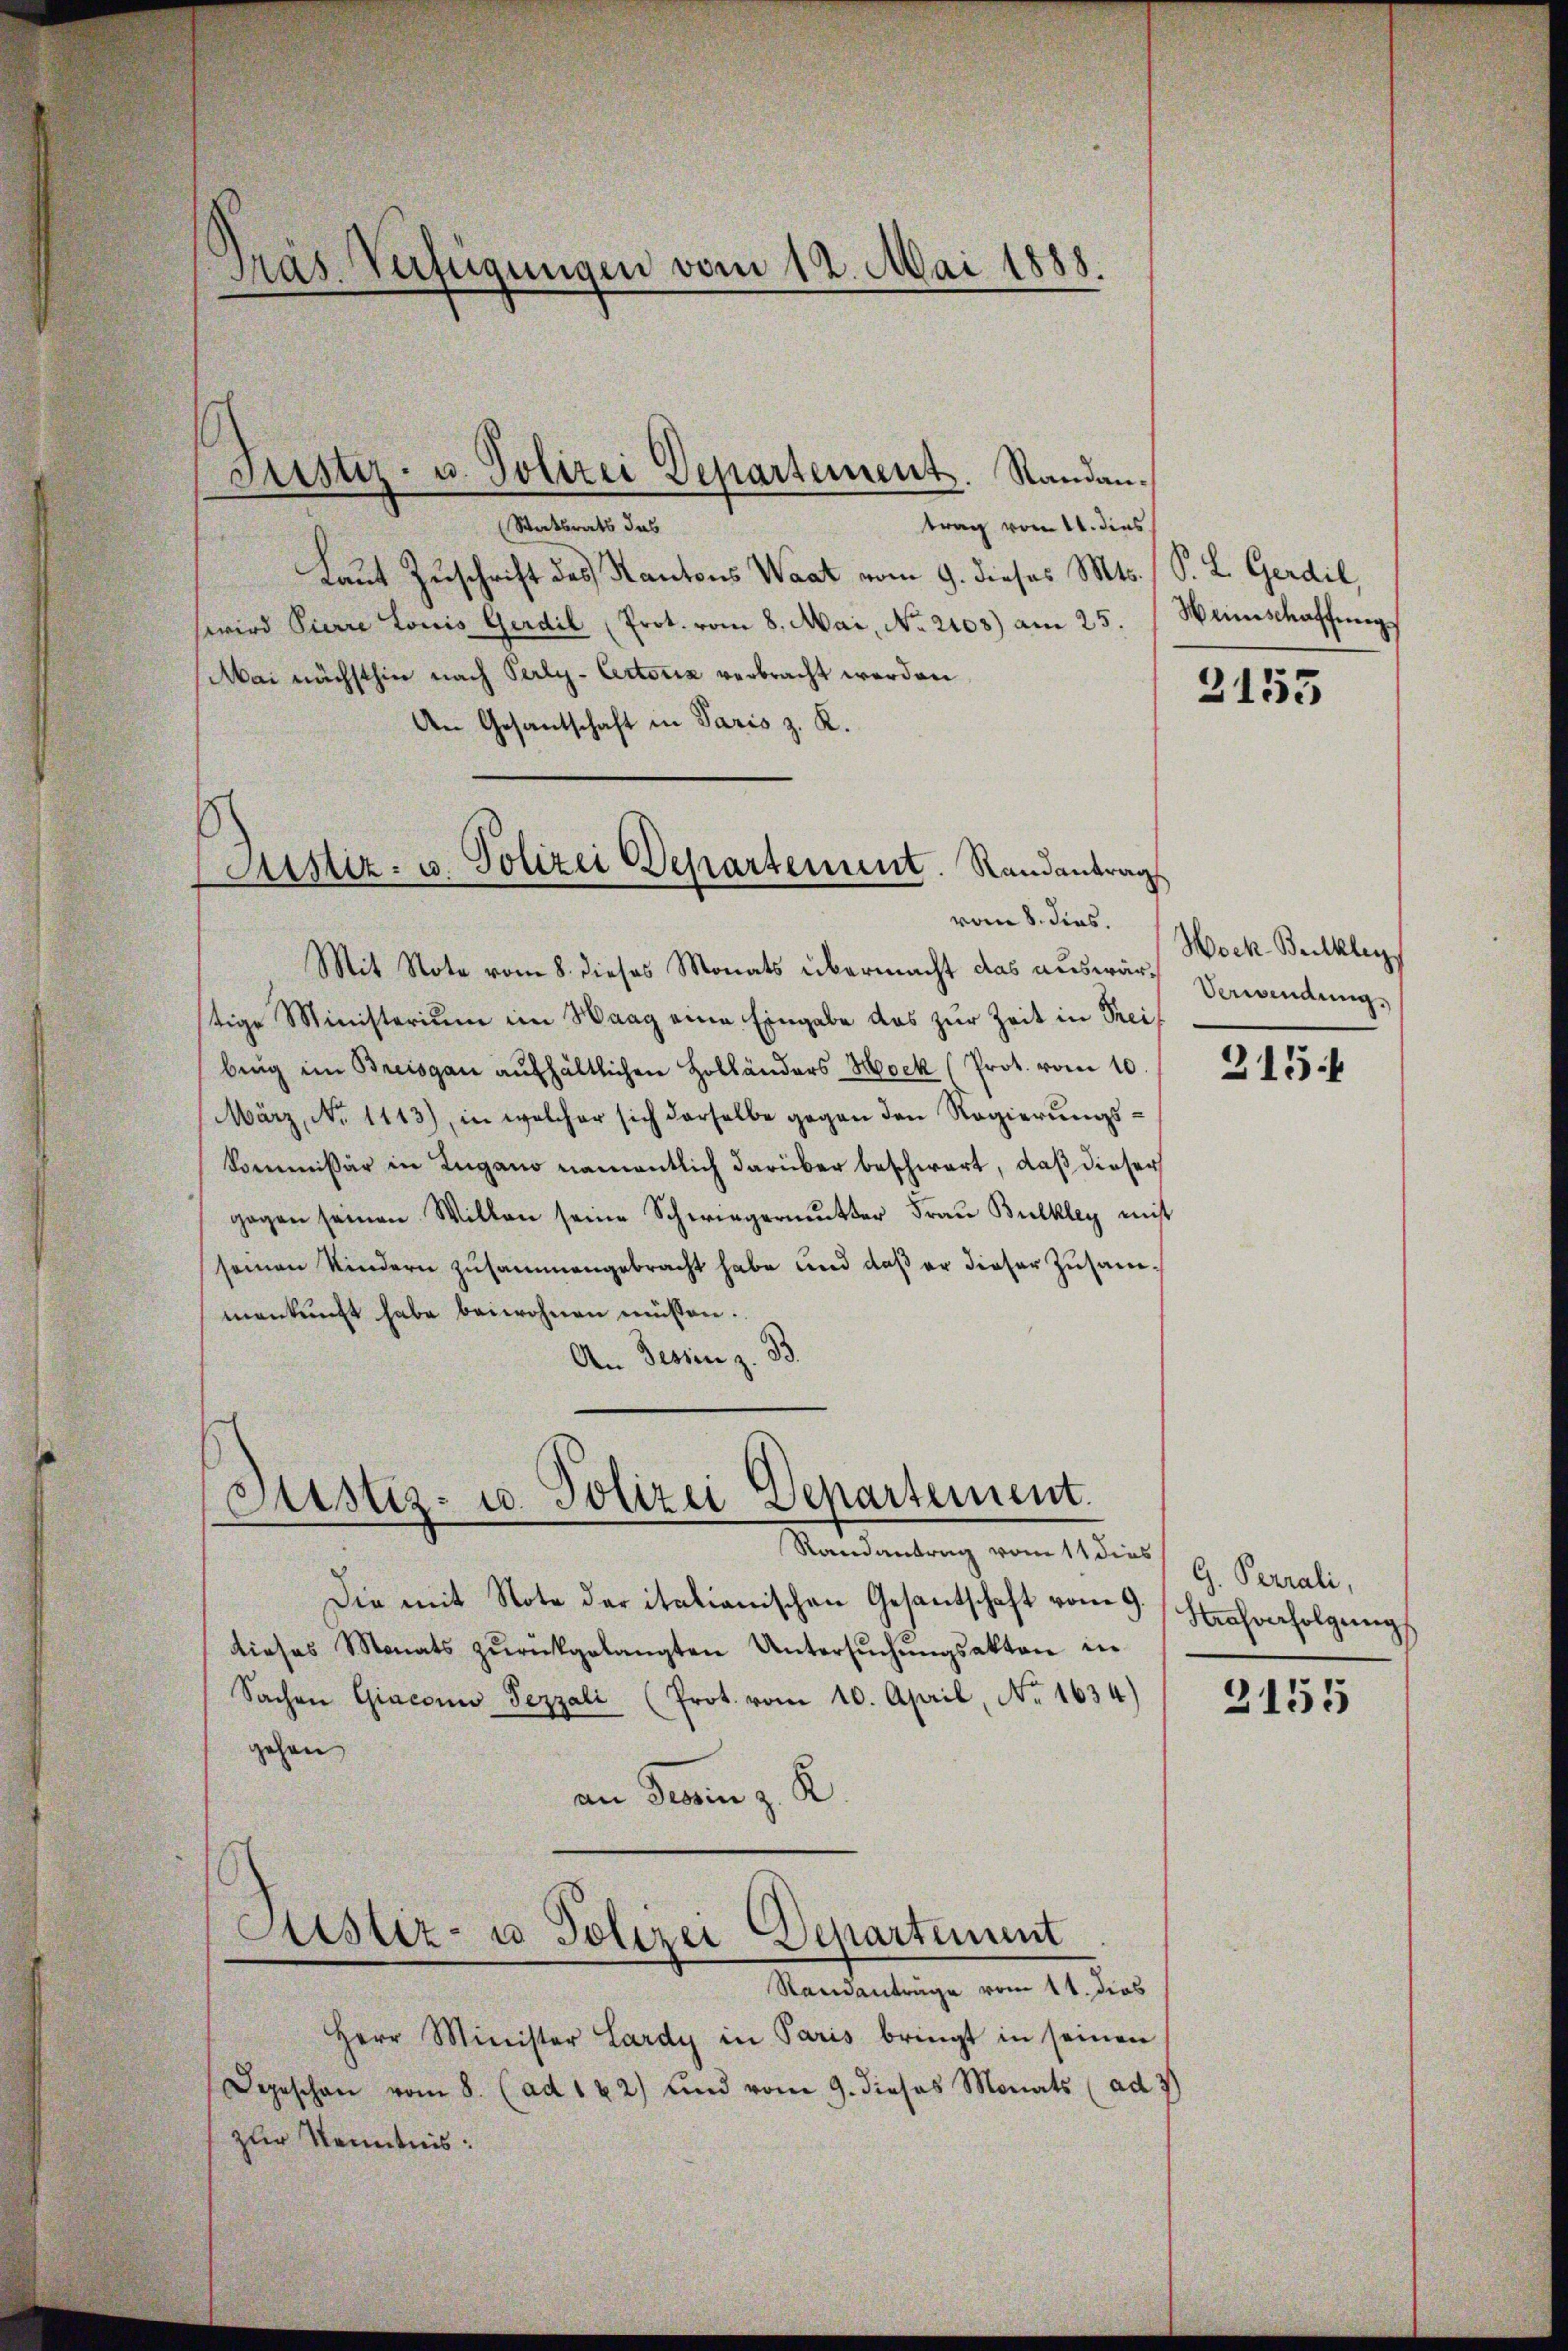
Präs. Verfügungen vom 12. Mai 1888.

(Statsrats das
trag vom 11. dies
Laut Zuschrift des Kantons Waat vom 9. dieses Mts. (S. L. Gerdil,
wird Pierre Louis Gerdil (Prot. vom 8. Mai, No. 2103) am 25.
Mai nächsthin nach Perly-Aectoriz verbracht werden.
An Gesantschaft in Paris z. K.
Mit Note vom 8. dieses Monats übermacht das auswärtige Ministerium im Haag eine Eingabe das zur Zeit in Preiberg im Breisgau aufhältlichen Holländers Mock (Prot. vom 10.
März, No 1113), in welcher sich derselbe gegen den Regierungskommissär in Lugano namentlich darüber beschwart, daß dieser
gegen seinen Willen seine Schwiegermutter Frau Bulkley mitt
seinen Kindern zusammengebracht habe und daß er dieser Zusammankŭnft habe beiwohnen müssen.
An Desinn z. B.

Justiz- u. Polizei Departement. Standan¬

Justiz- u. Polizei Departement. Standantrags
vom 8. dies.

Justiz- u. Polizei Departement.

Heinschaffung

Randantrag vom 11 dies
Die mit Note der italianischen Gesantschaft vom 9.
tdieses Monats zŭrückgelangten Untersŭchŭngsakten in
Sachen Giaconi Fezzali (Prot. vom 10. April No 1634)
gehen
an Perin z. K
Astiz- u Polizei Departement
Standantrage vom 11. dies
Herr Minister Lardy in Paris bringt in seinen
Depeschen vom 8. (ad 122) und vom 9. dieses Monats (ad 3
zur Kenntnis:

2155

Wock. Beckleg
Verwendung

215.

G. Perrali,
Strafverfolgung

2155